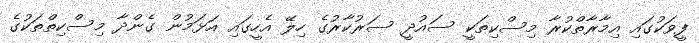
ފީވަކުގައި އިމާރާތްކުރާ މިސްކިތަކީ ސައުދީ ސަރުކާރުގެ ހިލޭ އެހީގައި އަޅަމުން ގެންދާ މިސްކިތްތަކުގެ